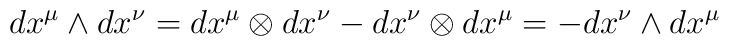
dx^{\mu }\wedge dx^{\nu }=dx^{\mu }\otimes dx^{\nu }-dx^{\nu }\otimes dx^{\mu }=-dx^{\nu }\wedge dx^{\mu }